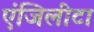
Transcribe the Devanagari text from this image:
एंजिलीटा